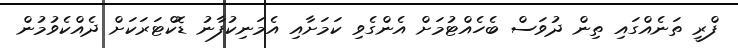
ފްރީ ތަނެއްގައި ތިން ދުވަސް ބެހެއްޓުމަށް އެންގެވި ކަމަށާއި އެމަނިކުފާނު ޑޮކްޓަރަކަށް ދެއްކެވުމުން